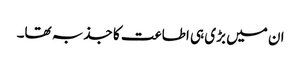
ان میں بڑی ہی اطاعت کا جذبہ تھا۔